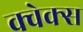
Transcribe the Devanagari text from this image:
क्वेक्स